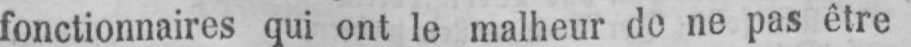
fonctionnaires qui ont le malheur de ne pas être